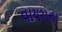
વાયરાના